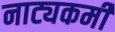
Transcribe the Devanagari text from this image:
नाट्यकर्मीं